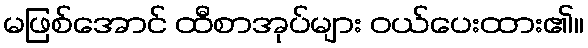
မဖြစ်အောင် ထီစာအုပ်များ ဝယ်ပေးထား၏။